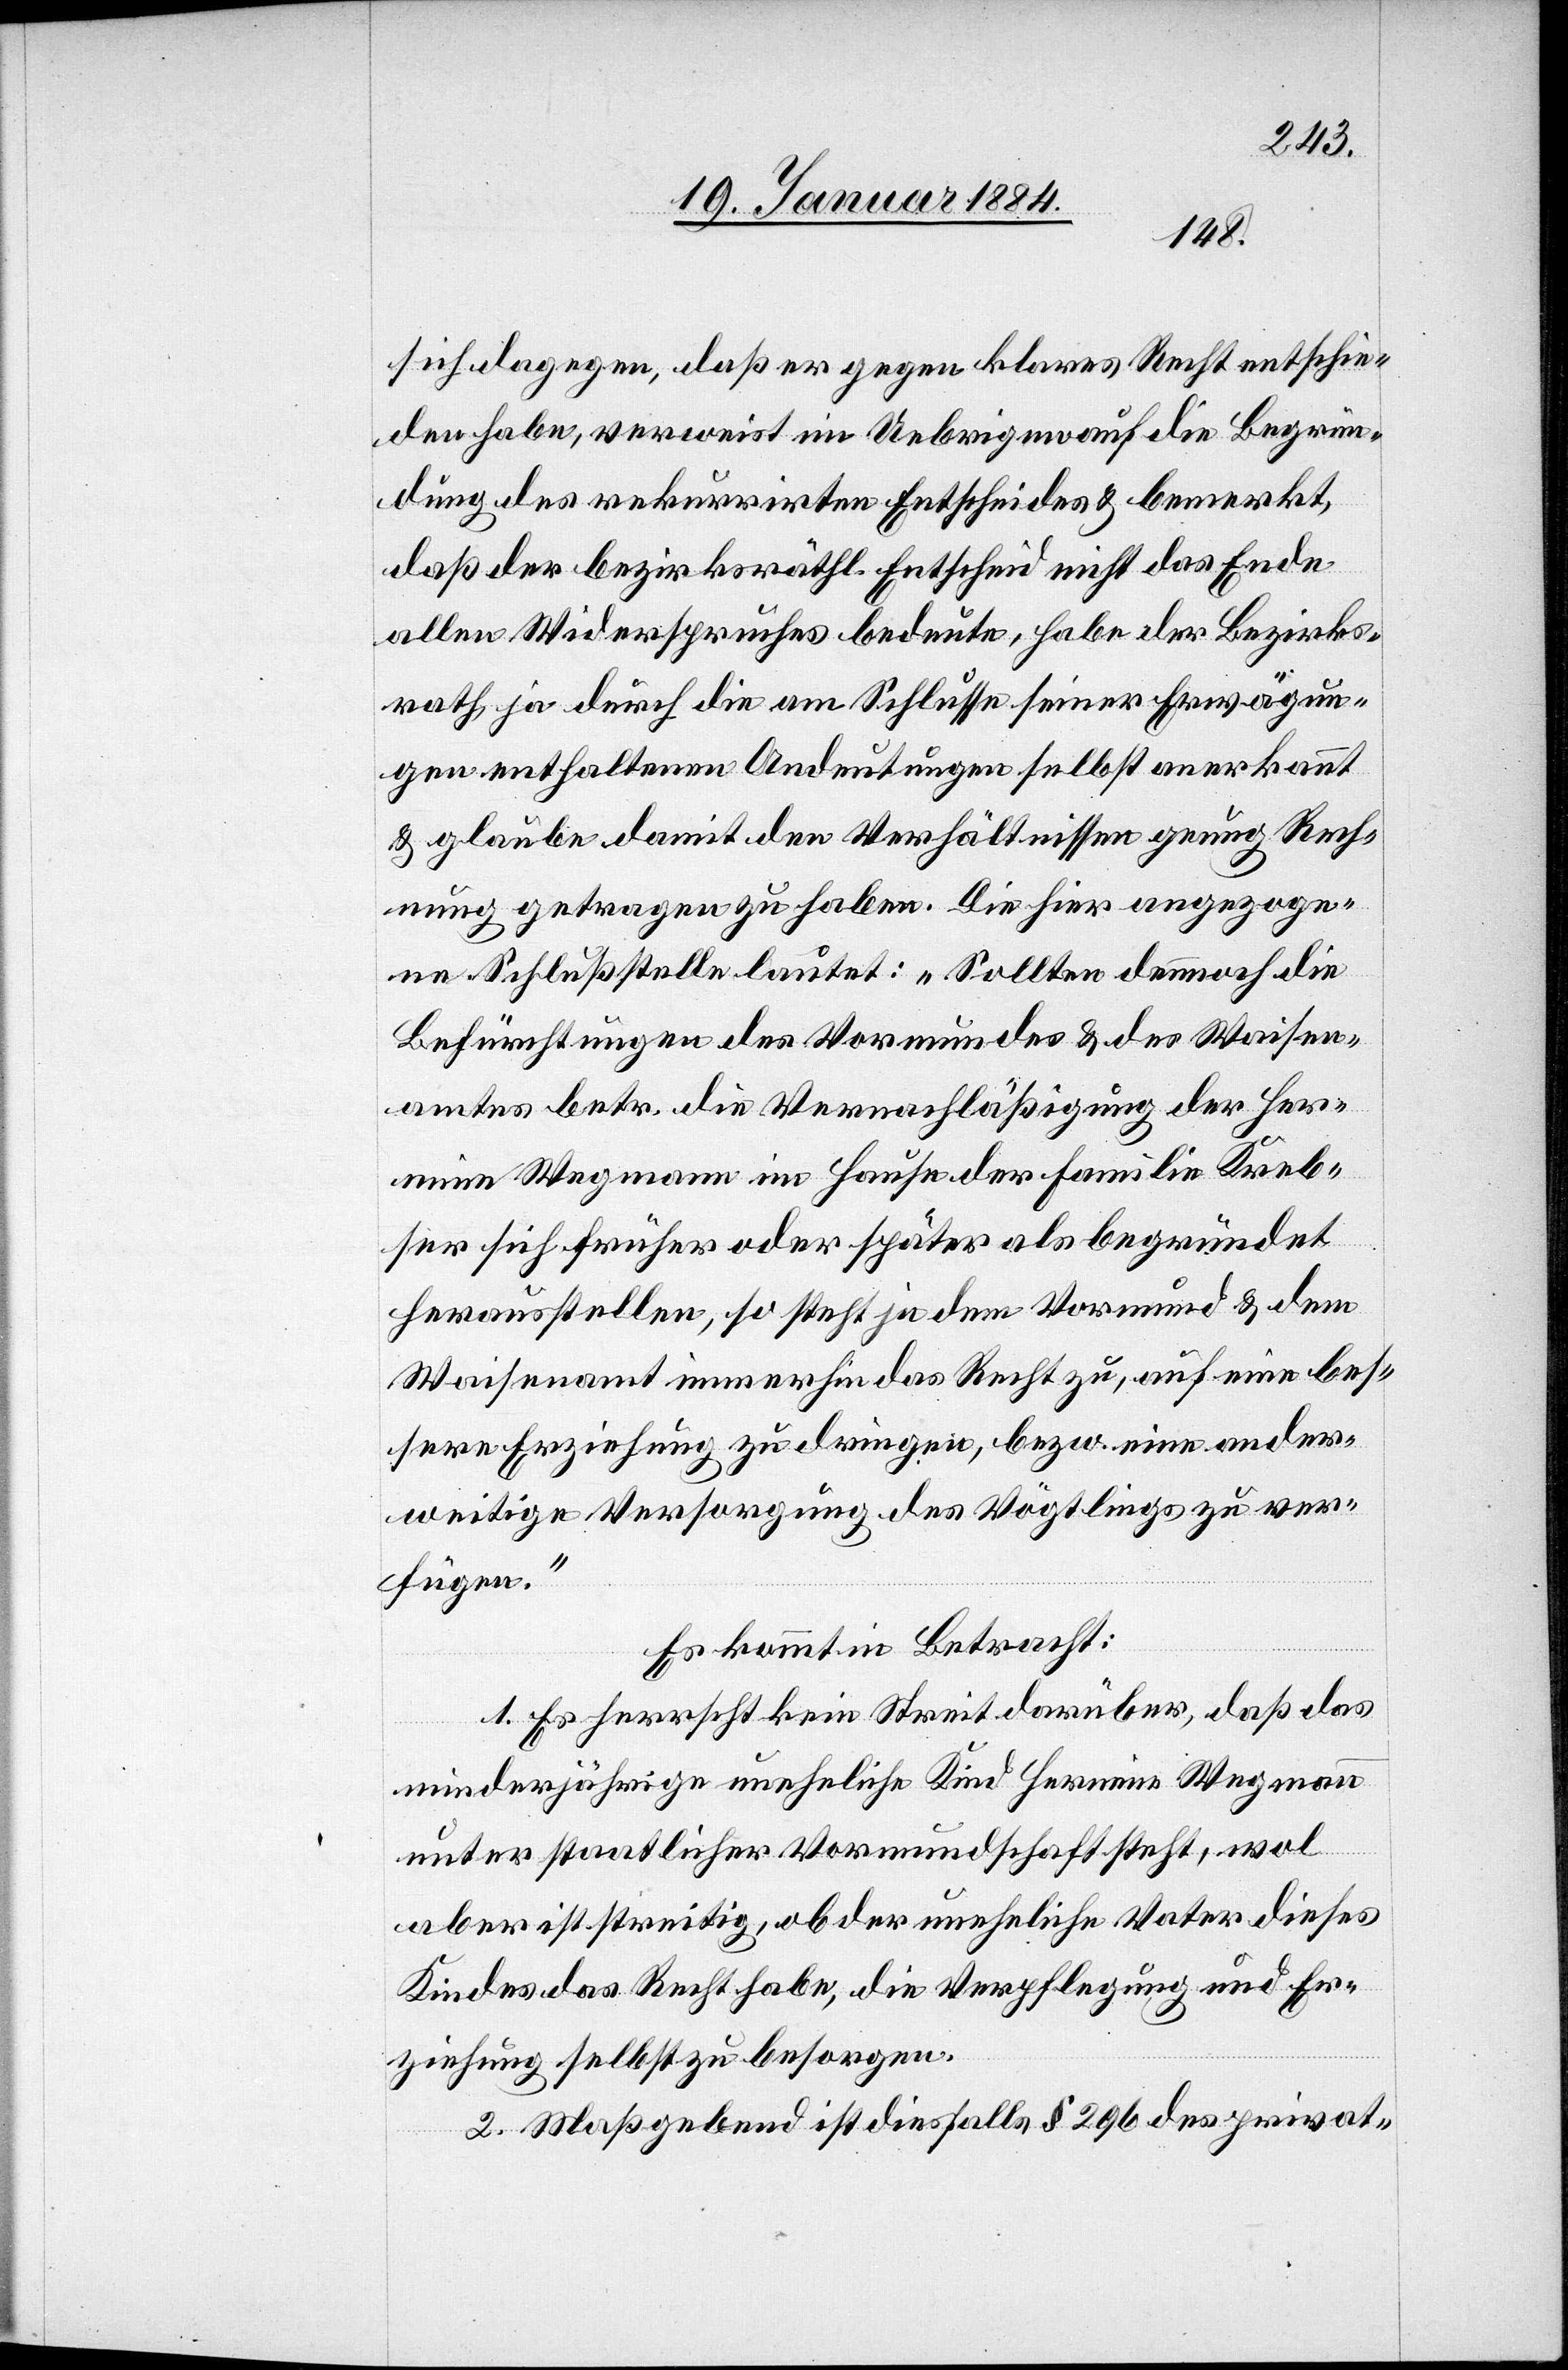
sich dagegen, daß er gegen klares Recht entschie¬
den habe, verweist im Uebrigen auf die Begrün¬
dung des rekurrirten Entscheides & bemerkt,
daß der bezirksräthl. Entscheid nicht das Ende
allen Widerspruches bedeute, habe der Bezirks¬
rath, ja durch die am Schlusse seiner Erwägun¬
gen enthaltenen Andeutungen selbst anerkannt
& glaube damit den Verhältnissen genug Rech¬
nung getragen zu haben. Die hier angezoge¬
ne Schlußstelle lautet: „Sollten demnach die
Befürchtungen des Vormundes & des Waisen¬
amtes betr. die Vernachläßigung der Her¬
mine Wegmann im Hause der Familie Kreb¬
ser sich früher oder später als begründet
herausstellen, so steht jedem Vormund & dem
Waisenamt immerhin das Recht zu, auf eine bes¬
sere Erziehung zu dringen, bzw. eine ander¬
weitige Versorgung des Vögtlings zu ver¬
fügen.“
Es kommt in Betracht:
1. Es herrscht kein Streit darüber, daß das
minderjährige uneheliche Kind Hermine Wegman¬
n
unter staatlicher Vormundschaft steht, wol
aber ist streitig, ob der uneheliche Vater dieses
Kindes das Recht habe, die Verpflegung und Er¬
ziehung selbst zu besorgen.
2. Maßgebend ist dießfalls § 296 des privat-